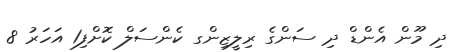
ދި މޫން އެންޑް ދި ސަންގެ ރިލީޒިންގ ކެންސަލް ކޮށްފި1 އަހަރު 8